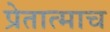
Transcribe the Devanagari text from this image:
प्रेतात्माच